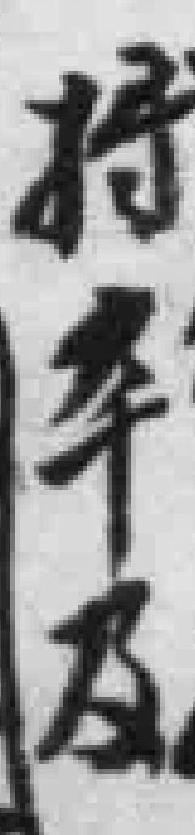
将卒及